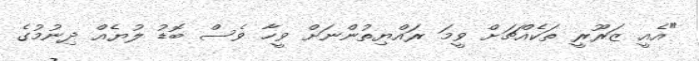
"އެއީ ޒަރޫރީ ތަކެއްޗަށް ވީމަ ރައްޔިތުންނަށް ވީހާ ވެސް ބޮޑު ލުޔެއް ދިނުމުގެ